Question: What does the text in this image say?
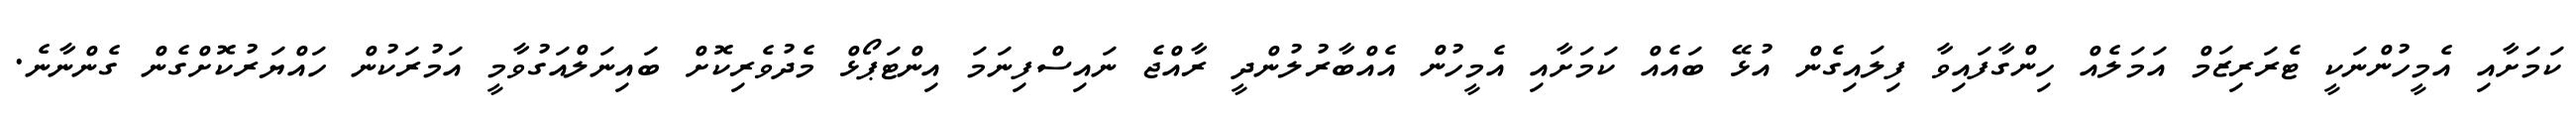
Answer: ކަމަށާއި އެމީހުންނަކީ ޓެރަރިޒަމް އަމަލެއް ހިންގާފައިވާ ފިލައިގެން އުޅޭ ބައެއް ކަމަށާއި އެމީހުން އެއްބާރުލުންދީ ރާއްޖެ ނައިސްފިނަމަ އިންޓަޕޯޅް މެދުވެރިކޮށް ބައިނަލްއަގުވާމީ އަމުރަކުން ހައްޔަރުކޮށްގެން ގެންނާނެ.